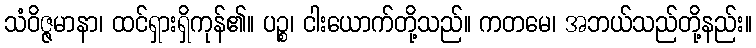
သံဝိဇ္ဇမာနာ၊ ထင်ရှားရှိကုန်၏။ ပဉ္စ၊ ငါးယောက်တို့သည်။ ကတမေ၊ အဘယ်သည်တို့နည်း။